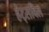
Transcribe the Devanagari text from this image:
हंट्सविल